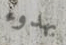
بهدوء